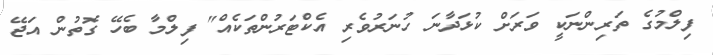
ފިލްމުގެ ތަރިންނަކީ ވަރަށް ކުޅަދާނަ ހުނަރުވެރި އެކްޓަރުންތަކެއް" ފިލްމާ ބެހޭ ގޮތުން އަޖޭ